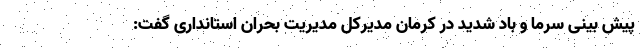
پیش بینی سرما و باد شدید در کرمان مدیرکل مدیریت بحران استانداری گفت: